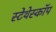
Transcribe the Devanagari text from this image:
स्‍टेथेस्‍कॉप